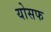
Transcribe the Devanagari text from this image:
योसफ